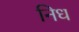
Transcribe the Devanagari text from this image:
निध